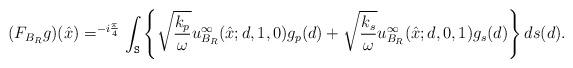
LaTeX: \begin{align*}(F_{B_R}g)(\hat{x}) = ^{-i\frac{\pi}{4}} \int_{\mathtt{S}} \left\{\sqrt{\frac{k_p}{\omega}}u^{\infty}_{B_R}(\hat{x}; d, 1, 0)g_p(d) + \sqrt{\frac{k_s}{\omega}}u^{\infty}_{B_R}(\hat{x}; d, 0, 1)g_s(d)\right\} ds(d).\end{align*}